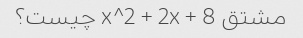
مشتق x^2 + 2x + 8 چیست؟